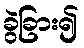
ခွဲခြား၍